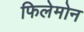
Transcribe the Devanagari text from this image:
फिलेमोन